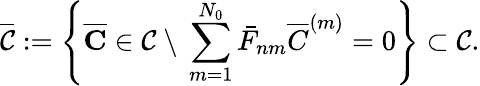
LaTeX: \overline{{\mathcal{C}}}:=\left\{ \overline{{\mathbf{C}}}\in\mathcal{C}\ \backslash\ \sum_{m=1}^{N_{0}}\bar{F}_{nm}\overline{{C}}^{\left(m\right)}=0\right\} \subset\mathcal{C}.